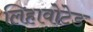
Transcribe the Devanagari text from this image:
लिहावोटेड